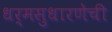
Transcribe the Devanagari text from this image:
धर्मसुधारणेची